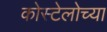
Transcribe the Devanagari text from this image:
कोस्टेलोच्या